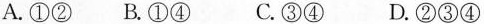
A.①② B.①④ C.③④ D.②③④